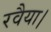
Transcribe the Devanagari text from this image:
रवैया।